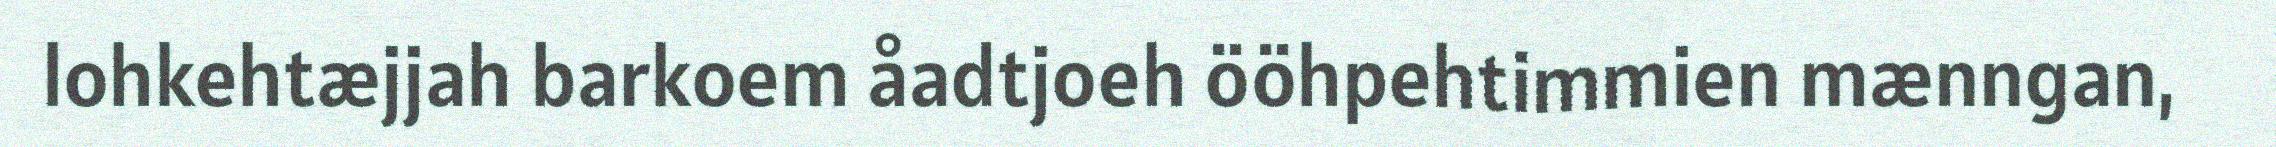
lohkehtæjjah barkoem åadtjoeh ööhpehtimmien mænngan,